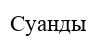
Суанды